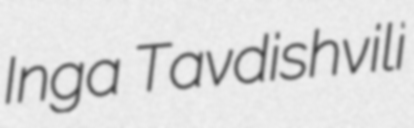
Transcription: Inga Tavdishvili